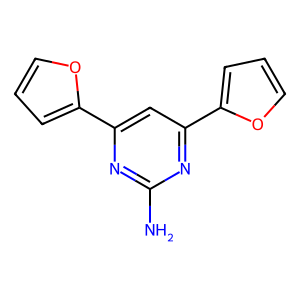
SMILES: Nc1nc(-c2ccco2)cc(-c2ccco2)n1
Inhibits HIV replication: No